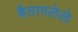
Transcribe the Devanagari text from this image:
वैतागलेले